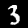
Label: 3